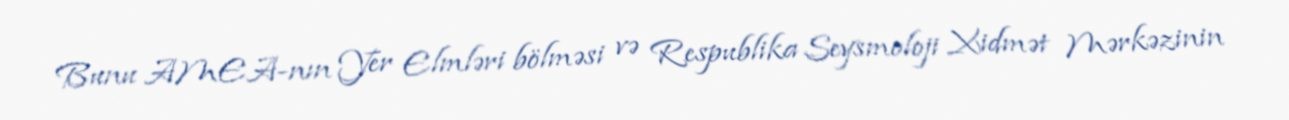
Bunu AMEA-nın Yer Elmləri bölməsi və Respublika Seysmoloji Xidmət Mərkəzinin